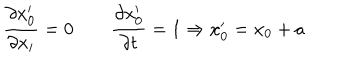
{ \frac { \partial x _ { 0 } ^ { \prime } } { \partial x _ { i } } } = 0 \qquad { \frac { \partial x _ { 0 } ^ { \prime } } { \partial t } } = 1 \Rightarrow x _ { 0 } ^ { \prime } = x _ { 0 } + a